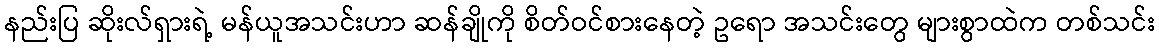
နည်းပြ ဆိုးလ်ရှားရဲ့ မန်ယူအသင်းဟာ ဆန်ချိုကို စိတ်ဝင်စားနေတဲ့ ဥရော အသင်းတွေ များစွာထဲက တစ်သင်း